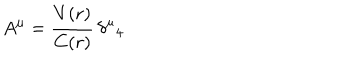
A ^ { \mu } = \frac { V ( r ) } { C ( r ) } \, { \delta ^ { \mu } } _ { 4 }